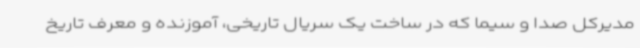
مدیرکل صدا و سیما که در ساخت یک سریال تاریخی، آموزنده و معرف تاریخ